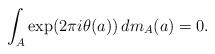
LaTeX: \begin{align*}\int _{A}\exp(2\pi i \theta(a))\,dm_{A}(a)=0.\end{align*}